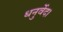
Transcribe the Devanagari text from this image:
धनुर्वेद।